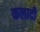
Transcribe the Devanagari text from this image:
कलादी